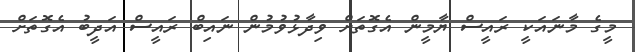
މީގެ މާނައަކީ ރައީސް ޔާމީން އެގޮތަށް ވިދާޅުވުމުން ނައިބް ރައީސް އަދީބު އެގޮތަށް